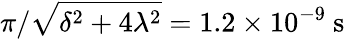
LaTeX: \pi/\sqrt{\delta^{2}+4\lambda^{2}}=1.2\times 10^{-9}~\mathrm{s}